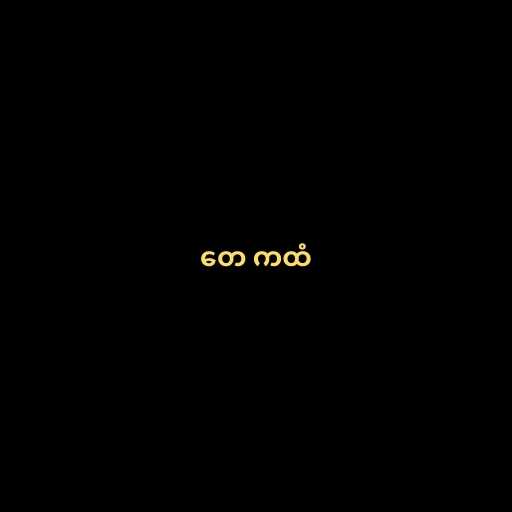
တေ ကထံ